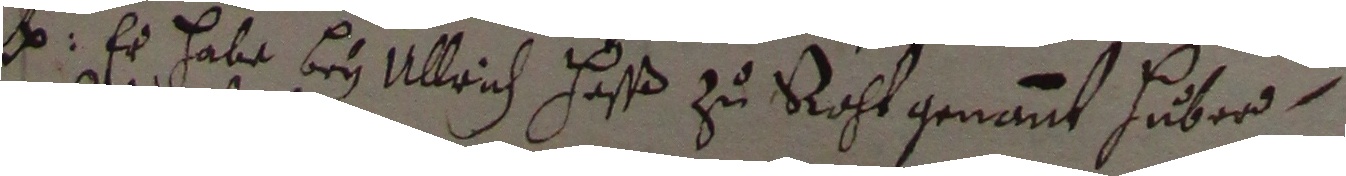
e. Er habe bey Ullrich Haß zu Racht genannt Huber